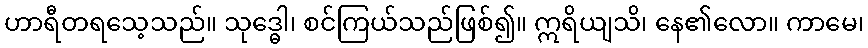
ဟာရီတရသေ့သည်။ သုဒ္ဓေါ၊ စင်ကြယ်သည်ဖြစ်၍။ ဣရိယျသိ၊ နေ၏လော။ ကာမေ၊